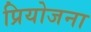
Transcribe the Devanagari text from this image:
प्रियोजना